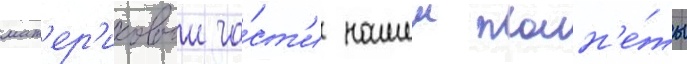
мат'ер'иковои ча́ст'и нашеи план'е́ты